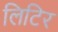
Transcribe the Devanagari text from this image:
लिटिर